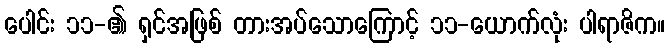
ပေါင်း ၁၁-၏ ရှင်အဖြစ် တားအပ်သောကြောင့် ၁၁-ယောက်လုံး ပါရာဇိက။